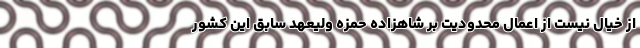
از خیال نیست از اعمال محدودیت بر شاهزاده حمزه ولیعهد سابق این کشور